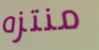
منتزه